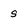
Character: s